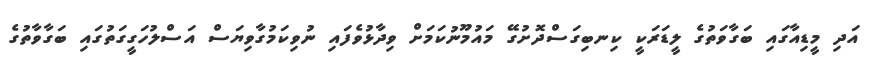
އަދި މީޑިއާގައި ބަގާވަތުގެ ލީޑަރަކީ ކިނބިގަސްދޮށުގޭ މައުމޫނުކަމަށް ވިދާޅުވެފައި ނުވިކަމުގާވިޔަސް އަސްލުހަގީގަތުގައި ބަގާވާތުގެ